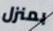
بمنزل